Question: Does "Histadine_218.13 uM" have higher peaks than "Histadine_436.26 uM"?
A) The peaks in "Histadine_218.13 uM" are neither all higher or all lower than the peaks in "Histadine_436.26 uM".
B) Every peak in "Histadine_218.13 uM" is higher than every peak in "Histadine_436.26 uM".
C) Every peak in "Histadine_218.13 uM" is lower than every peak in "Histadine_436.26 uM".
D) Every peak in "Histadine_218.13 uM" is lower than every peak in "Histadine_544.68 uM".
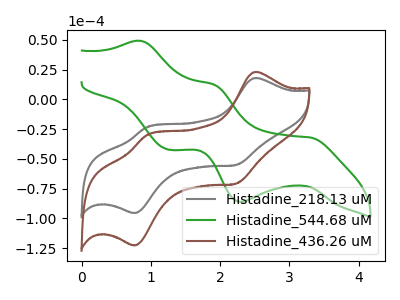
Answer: <think>The gray curve "Histadine_218.13 uM" has anodic peaks at (2.50V, 17.95uA) (0.95V, -23.50uA) and cathodic peaks at (2.25V, -55.15uA) (0.75V, -95.55uA). The green curve "Histadine_544.68 uM" has anodic peaks at (0.85V, 49.20uA) (1.90V, 12.50uA) and cathodic peaks at (3.30V, -32.05uA) (2.30V, -86.05uA) (1.25V, -42.20uA). The brown curve "Histadine_436.26 uM" has anodic peaks at (2.50V, 23.05uA) (0.95V, -30.15uA) and cathodic peaks at (2.25V, -70.85uA) (0.75V, -122.75uA).</think>
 <answer>A) The peaks in "Histadine_218.13 uM" are neither all higher or all lower than the peaks in "Histadine_436.26 uM".</answer>
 <eval>A</eval>